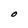
Character: O